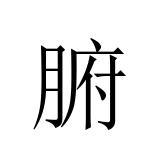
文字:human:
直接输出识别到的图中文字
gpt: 腑